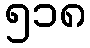
၅၁၈